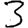
Digit: 3